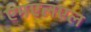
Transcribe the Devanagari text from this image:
एमएलएल